Indian journal of veterinary science and animal husbandry - Volume 11,
Year: 1941
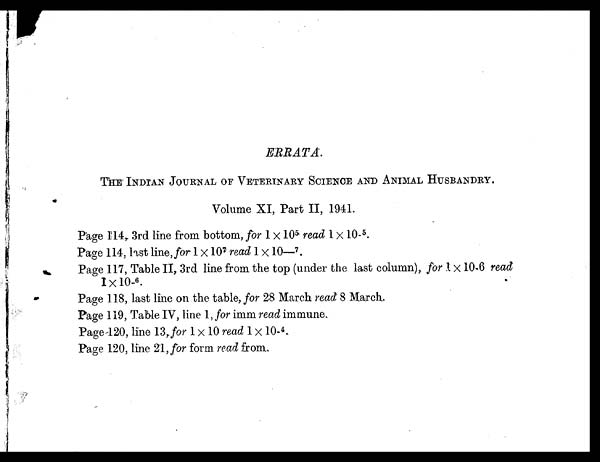
ERRATA.
THE INDIAN JOURNAL OF VETERINARY SCIENCE AND ANIMAL HUSBANDRY.
Volume XI, Part II, 1941.
Page 114, 3rd line from bottom, for 1 × 10 5 read I × 10- 5 .
Page 114, last line, for 1×10 7 read 1 × 10— 7 .
Page 117, Table II, 3rd line from the top (under the last column), for 1 × 10-6 read
1×10- 6 .
Page 118, last line on the table, for 28 March read 8 March.
Page 119, Table IV, line 1, for imm read immune.
Page 120, line 13, for 1 × 10 read 1 × 10- 4 .
Page 120, line 21, for form read from.